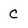
Character: C